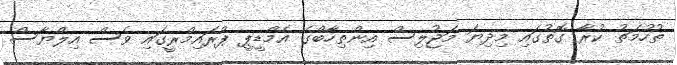
ތުހުމަތު ކުރާ ގޮތުގައި މިދިޔަ މަޖުލިސް އިންތިހާބްގެ އެމްޑީޕީ ޕްރައިމްރީގައި ވެސް އިލްޔާސް